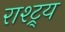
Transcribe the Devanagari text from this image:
राश्ट्र्य